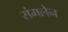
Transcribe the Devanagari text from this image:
संमलेन